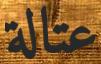
عتالة